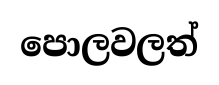
පොලවලත්